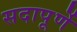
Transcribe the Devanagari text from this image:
सदापूर्णे